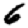
Digit: 6